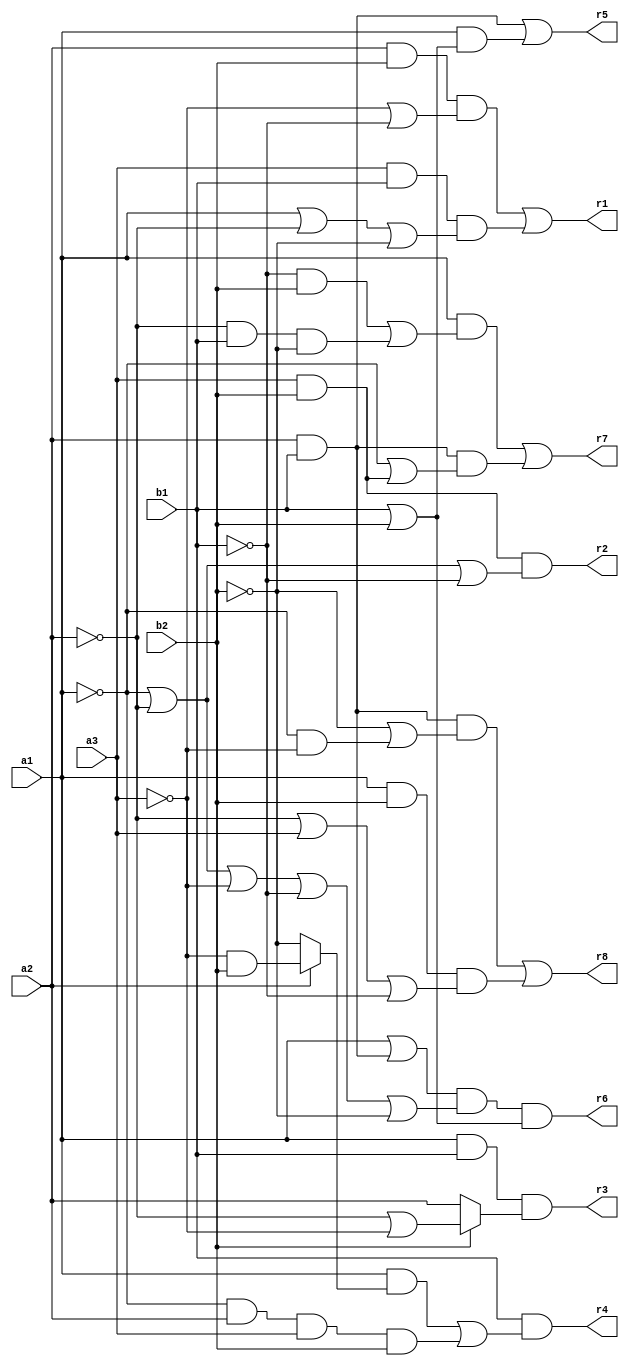
// Benchmark "mult_3x2_64_out" written by ABC on Fri May 27 23:36:38 2022

module mult_3x2_64 ( 
    a1, a2, a3, b1, b2,
    r1,r2,r3,r4,r5,r6,r7,r8  );
  input  a1, a2, a3, b1, b2;
  output r1,r2,r3,r4,r5,r6,r7,r8;
  assign r1 = (a2 & b2 & (~a3 | ~b1)) | (a3 & b1 & (a1 | ~a2 | ~b2));
  assign r2 = a3 & b2 & (~a1 | ~a2 | ~b1);
  assign r3 = a1 & b1 & (b2 ? (~a2 | ~a3) : a2);
  assign r4 = b1 & ((a1 & (a2 ? (~a3 & b2) : ~b2)) | (~a1 & a2 & a3 & b2));
  assign r5 = (a2 & b1) | (a1 & (b1 | b2));
  assign r6 = (a1 | (a2 & b1)) & (~a1 | ~a2 | ~a3 | ~b1 | ~b2) & (b1 | b2);
  assign r7 = (a1 & ((~b1 & b2) | (~a2 & b1 & ~b2))) | (a2 & b1 & (~a1 | (a3 & b2)));
  assign r8 = (a2 & b1 & (~b2 | (~a1 & ~a3))) | (a1 & b2 & (~a2 | a3 | ~b1));
endmodule